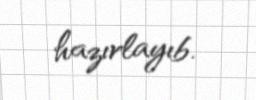
hazırlayıb.